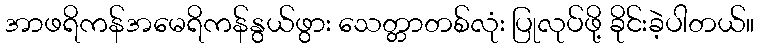
အာဖရိကန်အမေရိကန်နွယ်ဖွား သေတ္တာတစ်လုံး ပြုလုပ်ဖို့ ခိုင်းခဲ့ပါတယ်။